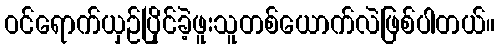
ဝင်ရောက်ယှဉ်ပြိုင်ခဲ့ဖူးသူတစ်ယောက်လဲဖြစ်ပါတယ်။